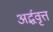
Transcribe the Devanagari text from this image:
अर्द्धवृत्त